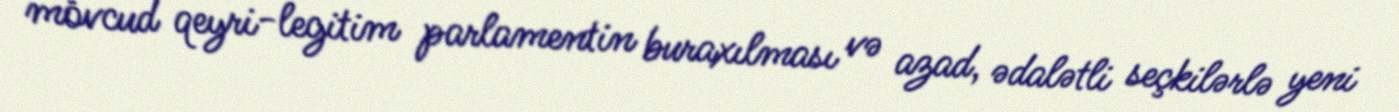
mövcud qeyri-legitim parlamentin buraxılması və azad, ədalətli seçkilərlə yeni